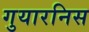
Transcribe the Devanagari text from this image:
गुयारनिस